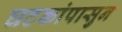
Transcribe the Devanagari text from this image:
घटकांपासुन